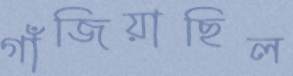
গাঁজিয়াছিল